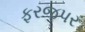
ફરજપર